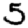
Digit: 5